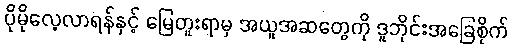
ပိုမိုလေ့လာရန်နှင့် မြေတူးရာမှ အယူအဆတွေကို ဒူဘိုင်းအခြေစိုက်